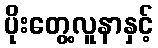
ပိုးတွေ့လူနာနှင့်